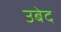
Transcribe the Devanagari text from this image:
उबेद